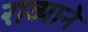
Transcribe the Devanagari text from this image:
राव्याने